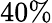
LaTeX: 40\%